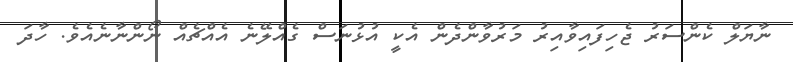
ނާޔަލް ކެންސަރު ޖެހިފައިވާއިރު މަރުވާންދެން އެކީ އުޅުނަސް ގެއްލޭނެ އެއްޗެއް ނޯންނާނެއެވެ. ހާދަ